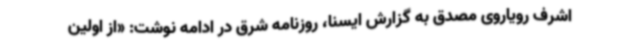
اشرف رویاروی مصدق به گزارش ایسنا، روزنامه شرق در ادامه نوشت: «از اولین